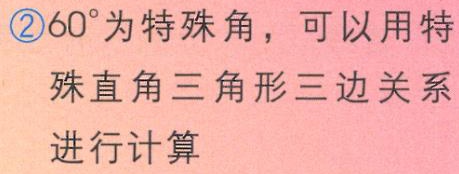
\textcircled{2}$60^{\circ}$为特殊角，可以用特\\殊直角三角形三边关系\\进行计算